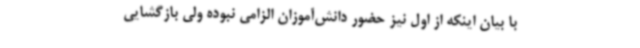
با بیان اینکه از اول نیز حضور دانش‌آموزان الزامی نبوده ولی بازگشایی